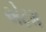
એટમ